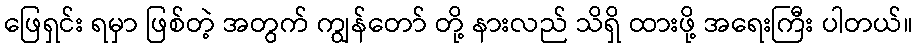
ဖြေရှင်း ရမှာ ဖြစ်တဲ့ အတွက် ကျွန်တော် တို့ နားလည် သိရှိ ထားဖို့ အရေးကြီး ပါတယ်။